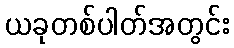
ယခုတစ်ပါတ်အတွင်း